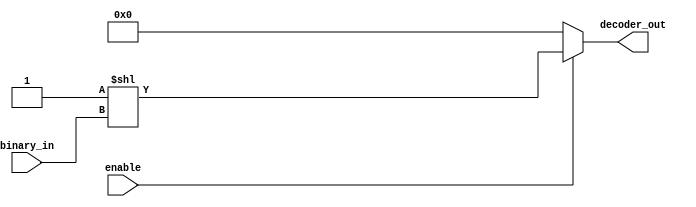
module decoder_7_128 ( 
binary_in   , //  7 bit binary input 
decoder_out , //  128-bit out  
enable        //  Enable for the decoder 
); 
input [6:0] binary_in  ; 
input  enable ;  
output [127:0] decoder_out ;  
         
wire [127:0] decoder_out ;  
 
assign decoder_out = (enable) ? (1 << binary_in) : 128'b0 ; 
 
endmodule